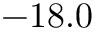
- 1 8 . 0